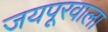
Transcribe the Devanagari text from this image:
जयपूरवाला